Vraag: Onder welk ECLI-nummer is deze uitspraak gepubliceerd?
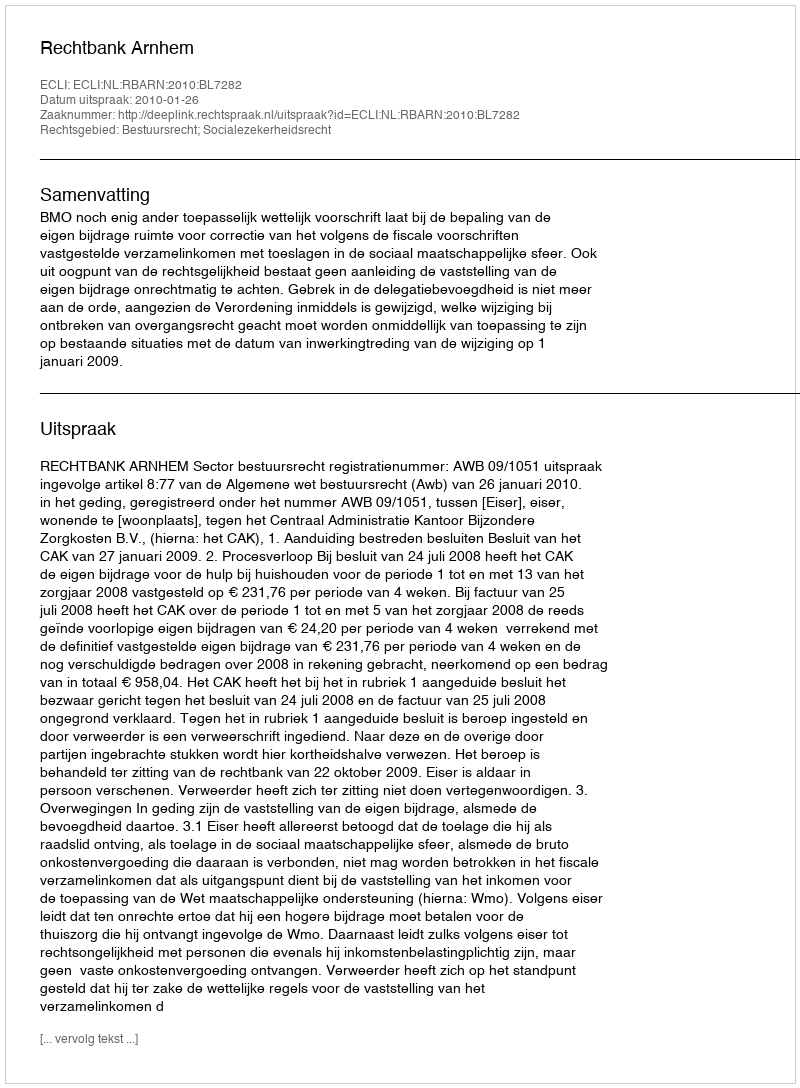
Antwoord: ECLI:NL:RBARN:2010:BL7282